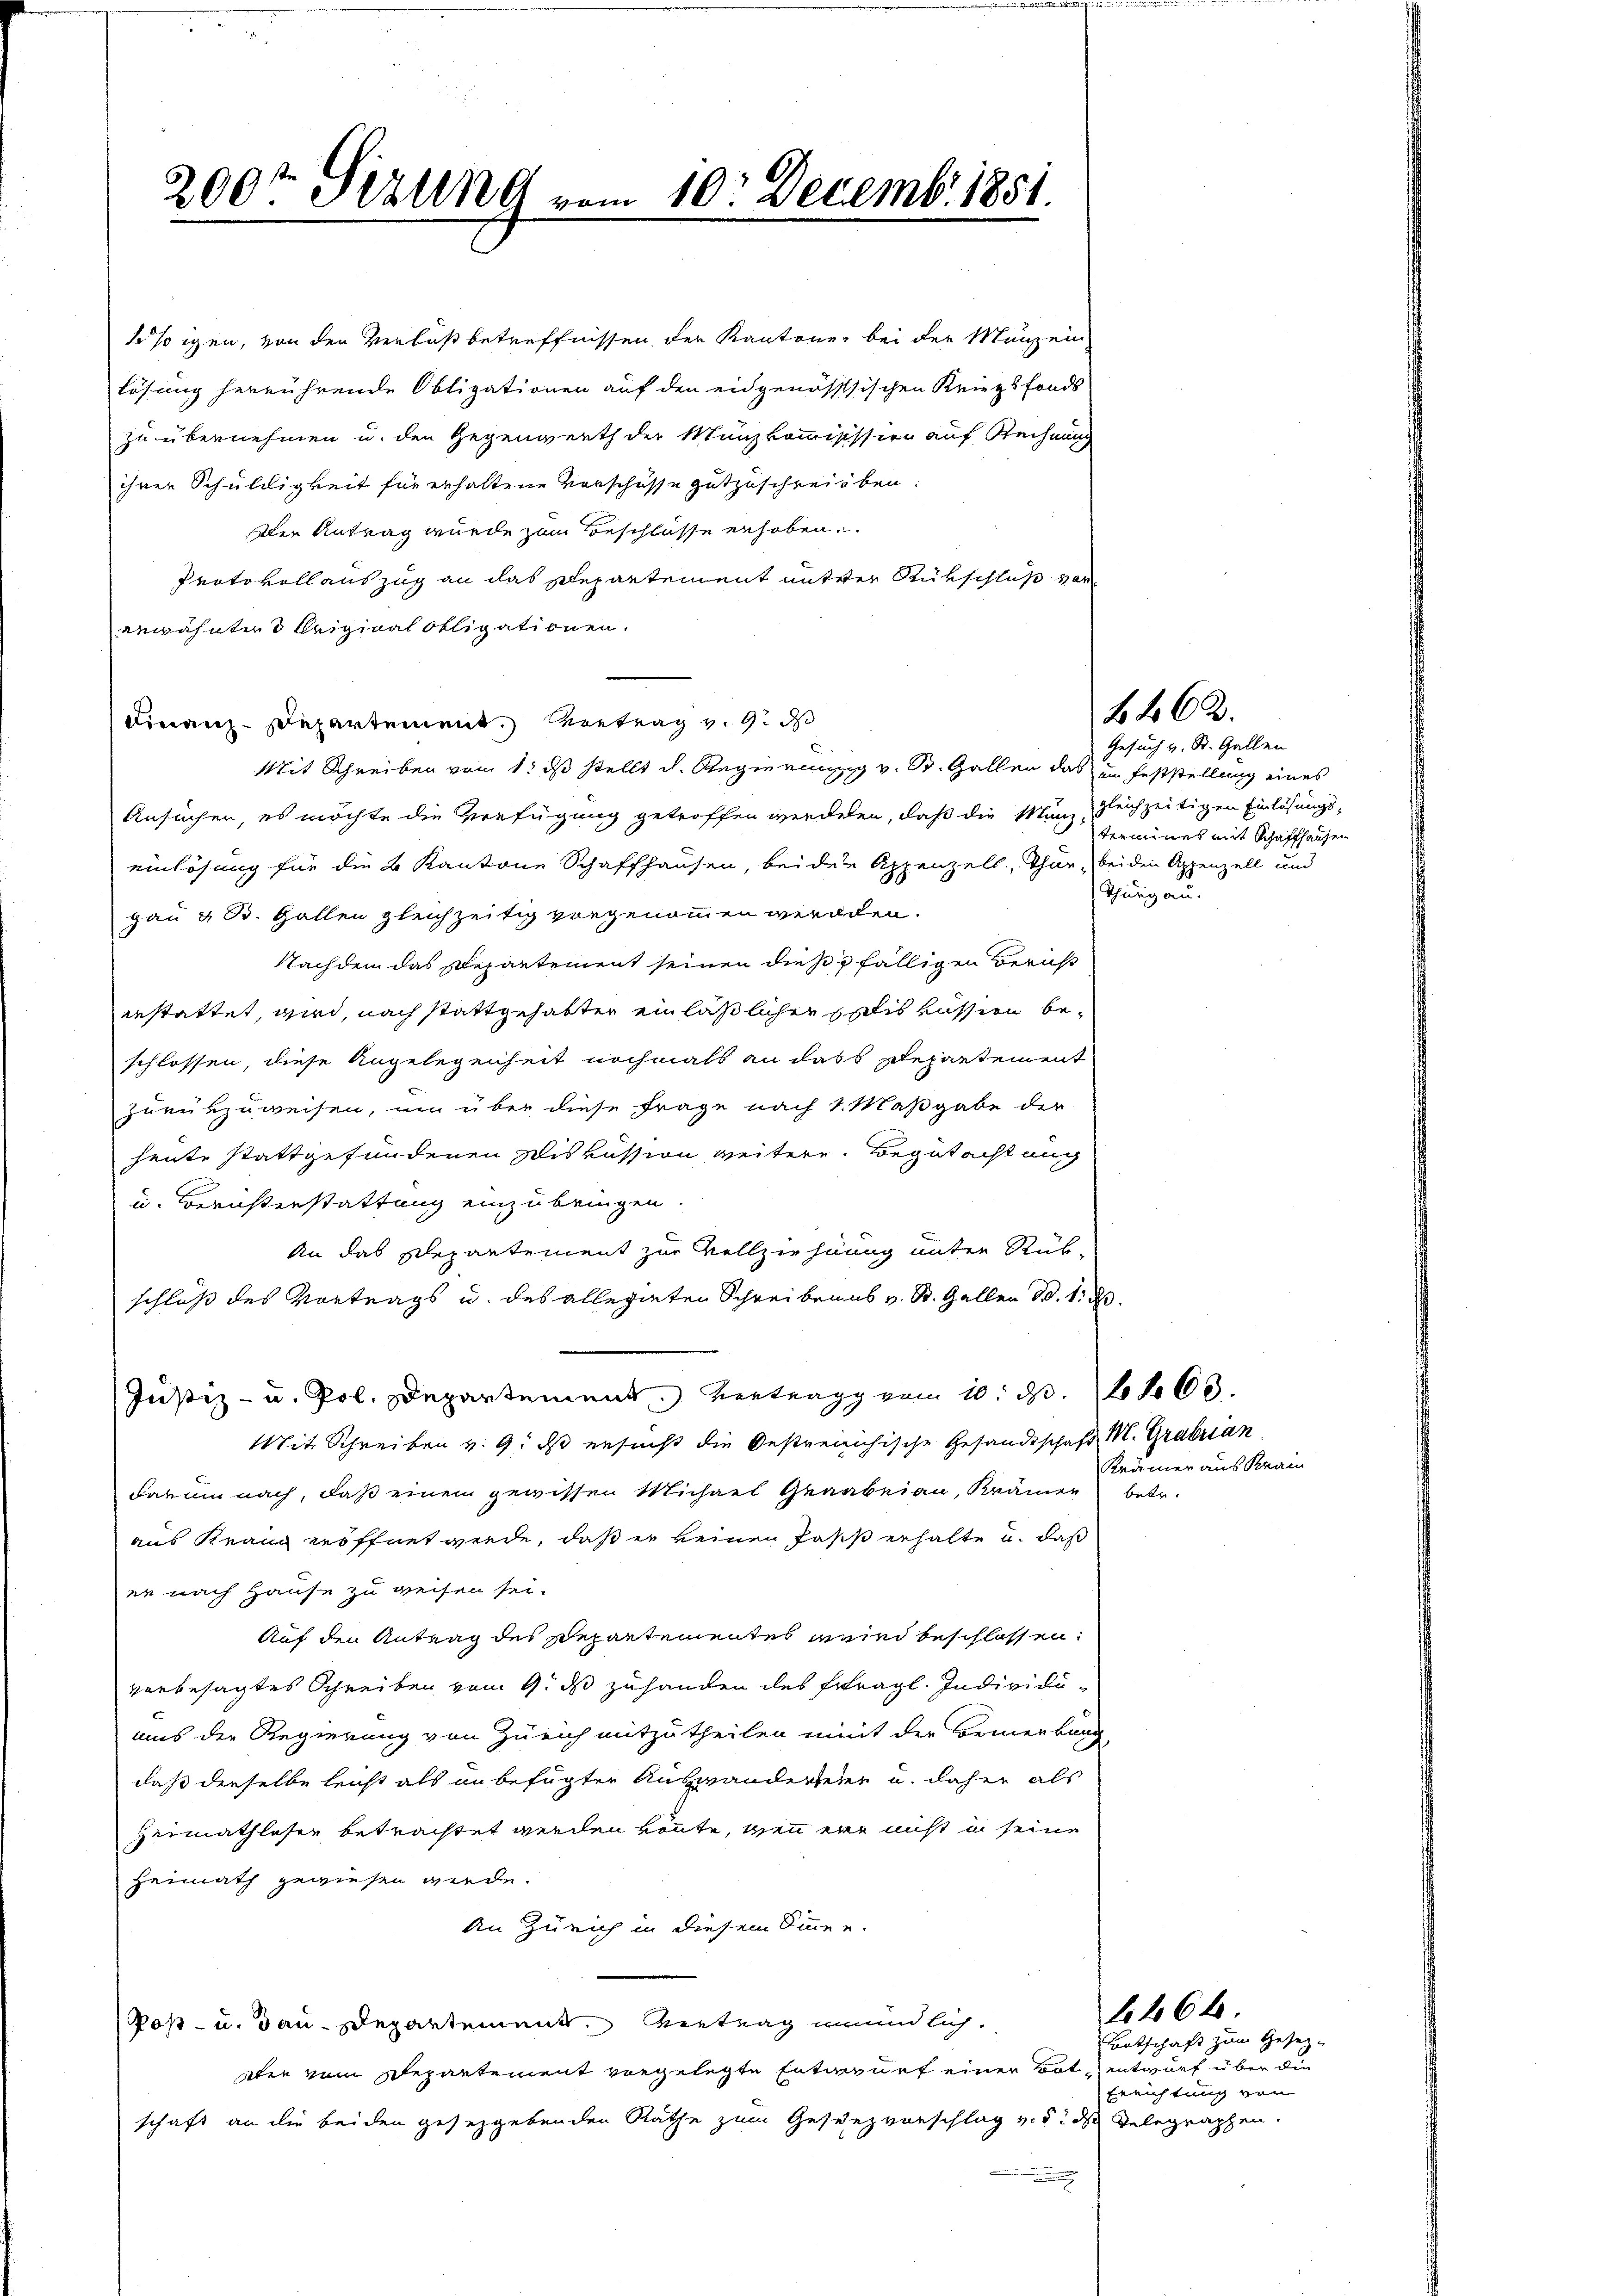
200t Pirung vom 10. Decemb. 1851.

bsigen, von den Verlaß betreffnissen, der Kantone, bei der Manzei
lösung herrührende Obligationen auf den eidgenössischen Kriegsfonds
zu übernehmen u. den Gegenwerth der Münzkommisission auf Rechnung
ihrer Schuldigkeit für erhaltene Vorschüsse gutzuschreiben.
Der Antrag wurde zum Beschlüsse erhoben.
Protokoll auszug an das Departement mit der Rükschluß vor
erwähnter 3 Original obligationen.
Finanz-Departement. Vortrag v. 9. d
Mit Schreiben vom 1. ds stellt d. Regierung v. St. Gallen das im Feststellung eines
Ansuchen, es möchte die Verfügung getroffen werdenen, daß die Mann gleichzeitigen Einlösungseinlösung für die 2 Kantone Schaffhausen, bei der Appenzell, Thun, beiden Appenzell und
gau & B. Gallen gleichzeitig vorgenommen werden.
Nachdem das Departement seinen diesfälligen Bericht
erstattet, wird, nach stattgehabter einläßlicher geliskussion beschlossen, diese Angelegenheit nochmals an dass Departement
zurükzuweisen, um über diese Frage nach 1. Maßgabe der
heute stattgefundenen Diskussion weitere Begutachtung
u. Berichterstattung einzubringen.
An das Departement zur Vollziehung unter Rük-
schluß des Vortrags u. des allegirten Schreiben ab v. St. Gallen d. 1. d.
Justiz- u. Pol. Departement. Vertrag vom 10. d. 260.
Mit Schreiben v. 9. ds ersucht die Gestreichische Gesandtschaft M. Grabrian
darum nach, daß einem gewissen Michael Geaabeiau, Krämer betr.
aus Kranz eröffnet werde, daß er keinen Pasis erhalte u. daß
er nach Hause zu weisen sei.
Auf den Antrag des Departementes wird beschlossen:
vorbesagtes Schreiben vom 9. ds zuhanden des Ertragl. Individuaus der Regierung von Zürich mitzutheilen mit der Bemerkung
daß dieselbe leicht als an befügter Auswanderteier u. daher als
Heimathloser betrachtet werden könnte, wenn ein nicht in seine
Heimath gewiesen werde.
An Zürich in diesem Sinnen.
Post- u. dan-Departement. Vertrag mündlich
aber vom Departement vorgelegte Entwurf einer Brot,
schaft an die beiden gesetzgebenden Rathe zum Gesenzvorschlag v. di das Telegraphen.

4462.

Gesuch v. St. Gallen
termines mit Schaffhausen
Thurgau.

Krämer aus Kram

6464.

Lantschaft zum Gesetz-
entwurf über die
Errichtung von